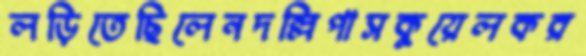
লড়িতেছিলেনদল্লিপাসকুয়েলকর